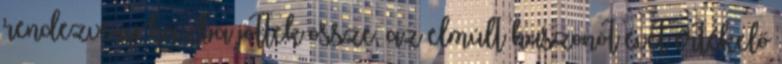
rendezvény házba jöttek össze, az elmúlt huszonöt évet értékelő